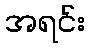
အရင်း